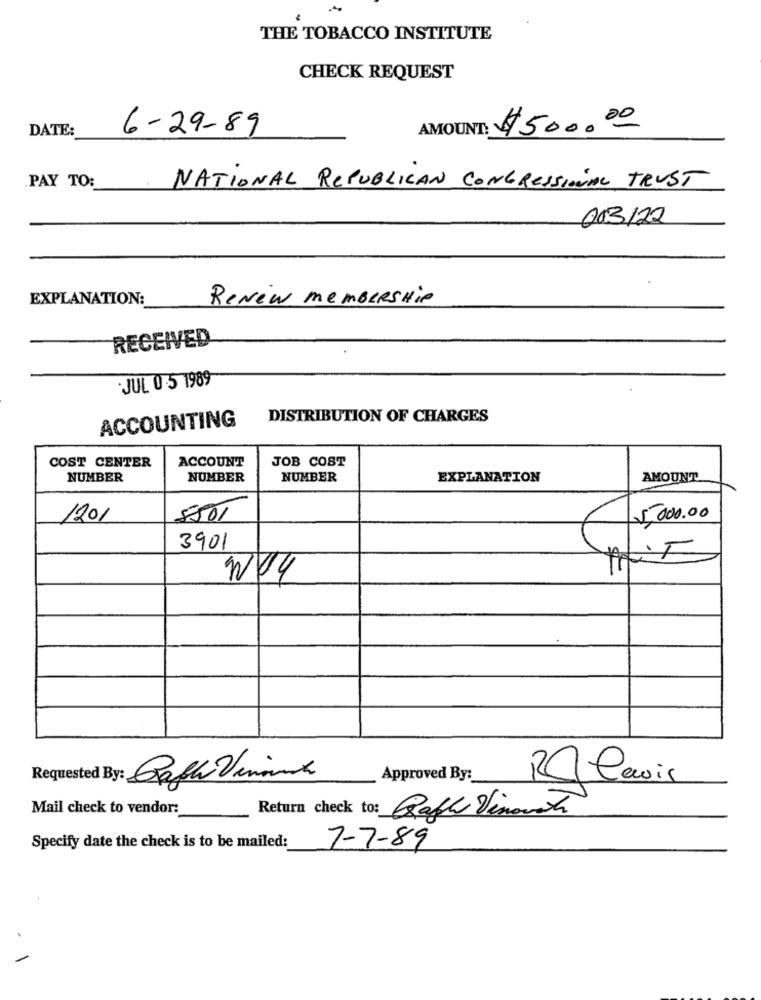
THE TOBACCO INSTITUTE
CHECK REQUEST
DATE:
6-29-89
AMOUNT: $500.00
PAY TO:
NATIONAL REPUBLICAN CONGRESSIONAL TRUST
003/22
EXPLANATION:
ReNew memberSHIP
RECEIVED
JUL 0.5 1989
ACCOUNTING
DISTRIBUTION OF CHARGES
COST CENTER
ACCOUNT
JOB COST
NUMBER
NUMBER
NUMBER
EXPLANATION
AMOUNT
1201
5501
5,000.00
3901
Requested By: Rafh Viraux
Approved By:
Malawis
Mail check to vendor:
Return check to: Raft Vinovate
Specify date the check is to be mailed:
7-7-89